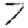
Digit: 7